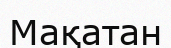
Мақатан